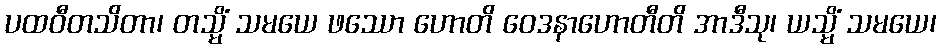
ပထဝီတသိတာ၊ တသ္မိံ သမယေ ဖဿော ဟောတိ ဝေဒနာဟောတီတိ အာဒီသု၊ ယသ္မိံ သမယေ၊